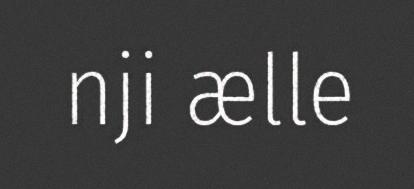
nji ælle